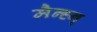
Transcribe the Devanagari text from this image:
मैन्ह्न्